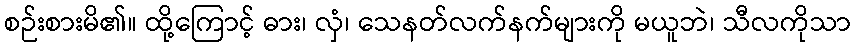
စဉ်းစားမိ၏။ ထို့ကြောင့် ဓား၊ လှံ၊ သေနတ်လက်နက်များကို မယူဘဲ၊ သီလကိုသာ